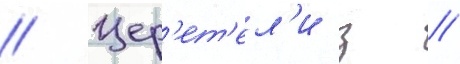
// Цер'ет'ел'и з //